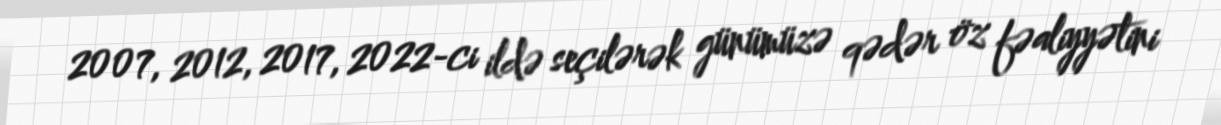
2007, 2012, 2017, 2022-ci ildə seçilərək günümüzə qədər öz fəaliyyətini